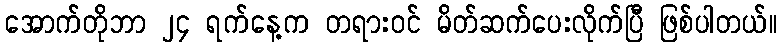
အောက်တိုဘာ ၂၄ ရက်နေ့က တရားဝင် မိတ်ဆက်ပေးလိုက်ပြီ ဖြစ်ပါတယ်။